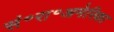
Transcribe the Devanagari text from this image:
सं॰रा॰अमेरिका